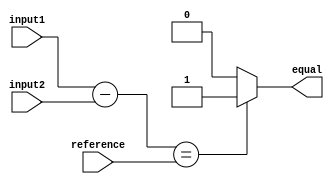
module Arithmetic_Equality_Comparator (
    input signed [15:0] input1,
    input signed [15:0] input2,
    input signed [15:0] reference,
    output reg equal
);

reg signed [15:0] difference;

always @* begin
    difference = input1 - input2;
    if (difference == reference) begin
        equal = 1;
    end else begin
        equal = 0;
    end
end

endmodule